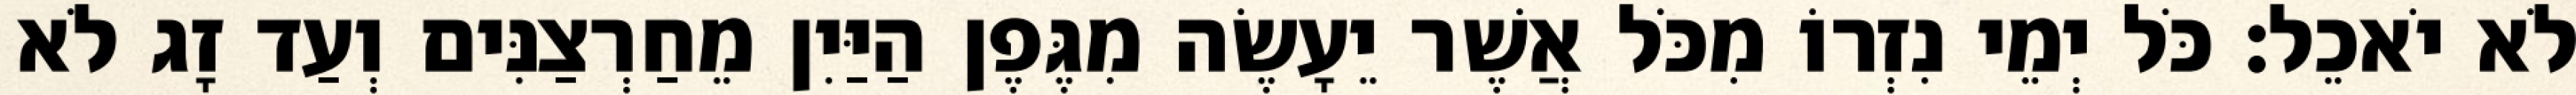
לֹא יֹאכֵל׃ כֹּל יְמֵי נִזְרוֹ מִכֹּל אֲשֶׁר יֵעָשֶׂה מִגֶּפֶן הַיַּיִן מֵחַרְצַנִּים וְעַד זָג לֹא